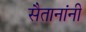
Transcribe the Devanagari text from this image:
सैतानांनी